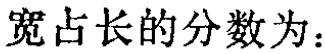
宽占长的分数为：